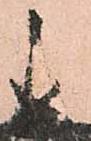
直